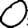
Digit: 0